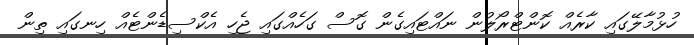
ހުޅުމާލޭގައި ކާރެއް ކޮންޓްރޯލުން ނައްޓައިގެން ގޮސް ގަހެއްގައި ޖެހި އެކްސިޑެންޓެއް ހިނގައި ތިން